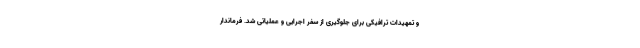
و تمهیدات ترافیکی برای جلوگیری از سفر اجرایی و عملیاتی شد. فرماندار